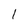
Character: l